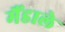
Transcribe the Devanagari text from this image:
मैंडाले